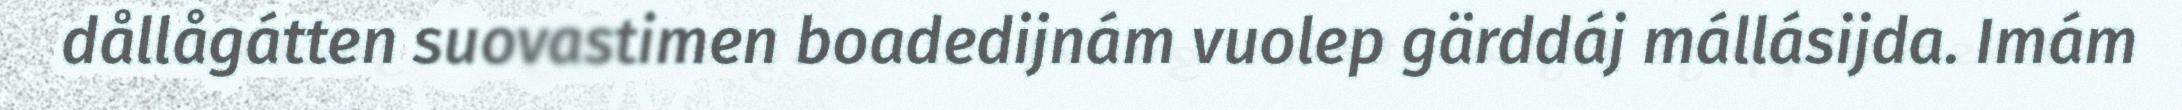
dållågátten suovastimen boadedijnám vuolep gärddáj mállásijda. Imám